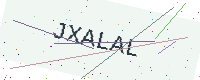
Text: JXALAL